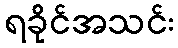
ရခိုင်အသင်း